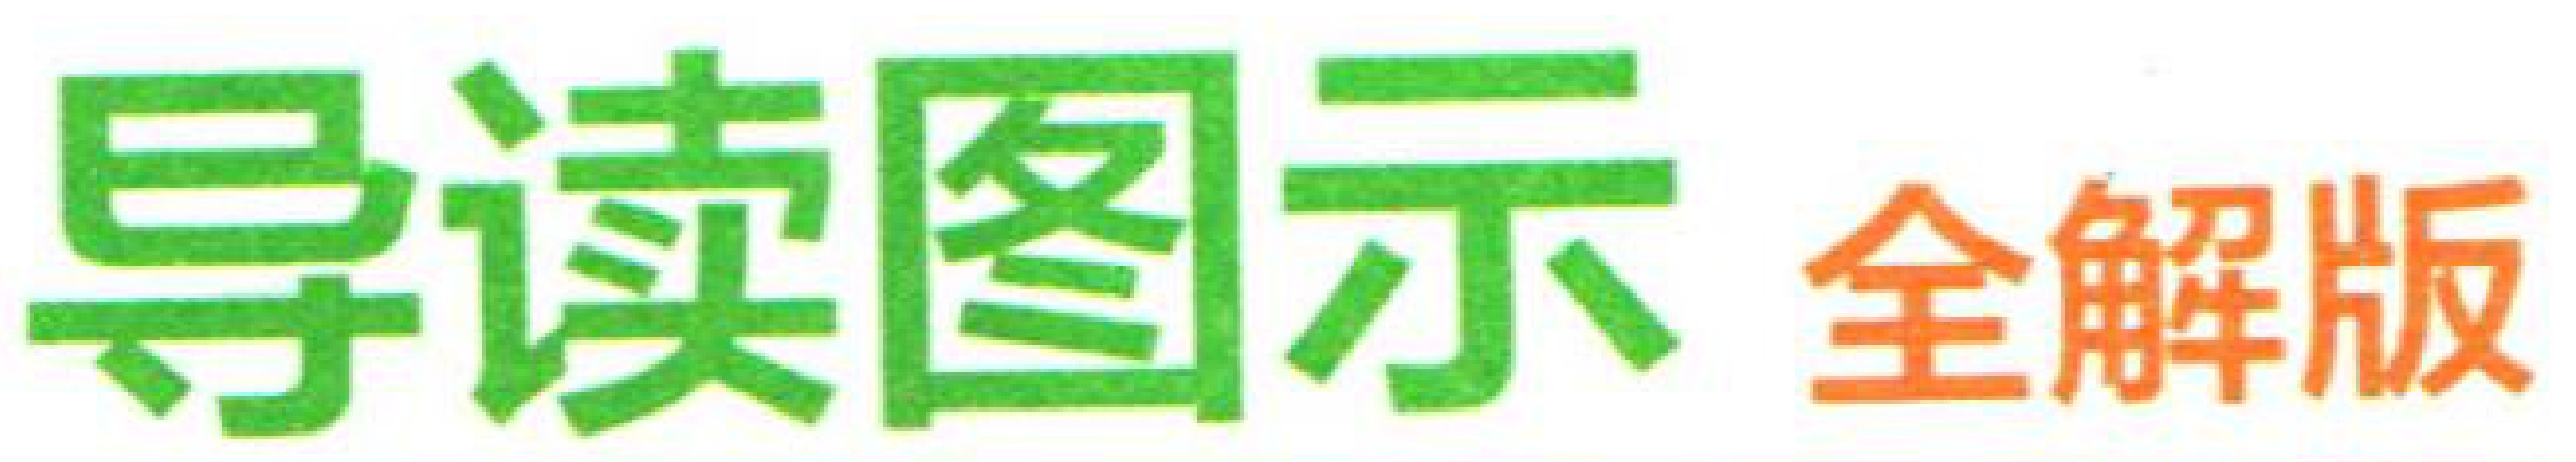
导读图示 全解版